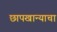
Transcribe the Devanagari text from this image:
छापखान्याचा